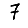
Digit: 7